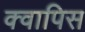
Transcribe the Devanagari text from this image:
क्वापिस